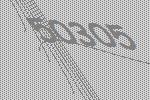
50305